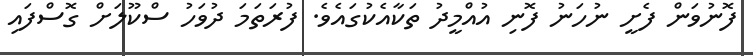
ފޮނުވަން ފެށީ ނުހަނު ފޮނި އުއްމީދު ތަކާއެކުގައެވެ. ފުރަތަމަ ދުވަހު ސްކޫލަށް ގޮސްފައި